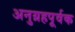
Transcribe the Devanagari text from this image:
अनुग्रहपूर्वक